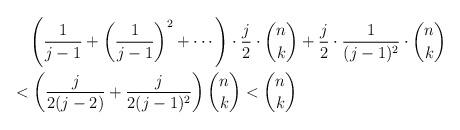
LaTeX: \begin{align*}&~~~\left(\frac{1}{j-1}+\left(\frac{1}{j-1}\right)^2+\cdots\right)\cdot\frac{j}{2}\cdot\binom{n}{k} + \frac{j}{2} \cdot \frac{1}{(j-1)^2}\cdot \binom{n}{k}\\&<\left(\frac{j}{2(j-2)}+\frac{j}{2(j-1)^2}\right) \binom{n}{k} < \binom{n}{k}\end{align*}